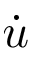
\dot { u }